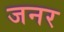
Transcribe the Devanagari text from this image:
जनर